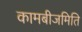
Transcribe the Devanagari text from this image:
कामबीजमिति